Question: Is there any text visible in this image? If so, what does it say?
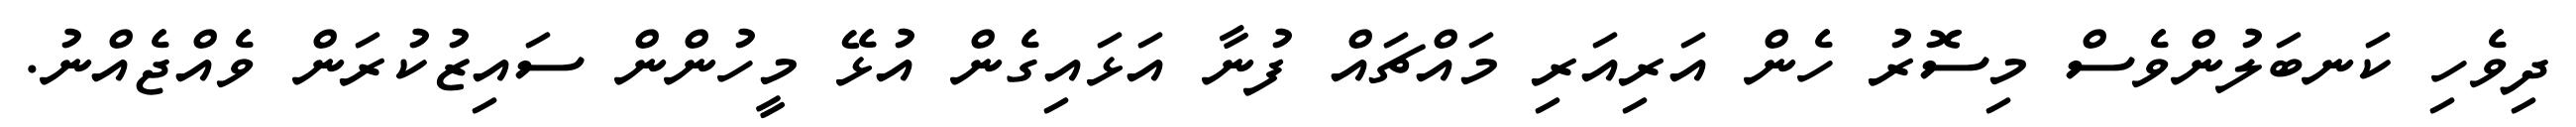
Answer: ދިވެހި ކަނބަލުންވެސް މިސޮރު ހެން އަރިއަރި މައްޗައް ފުނާ އަޅައިގެން އުޅޭ މީހުންން ސައިޒުކުރަން ވެއްޖެއްނު.